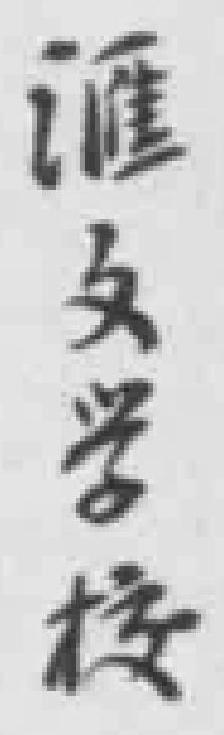
滙文学校